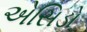
એસિડો